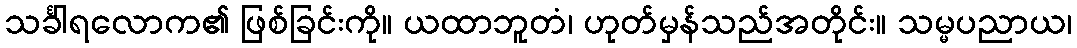
သင်္ခါရလောက၏ ဖြစ်ခြင်းကို။ ယထာဘူတံ၊ ဟုတ်မှန်သည်အတိုင်း။ သမ္မပညာယ၊